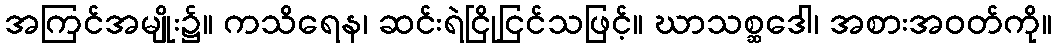
အကြင်အမျိုး၌။ ကသိရေန၊ ဆင်းရဲငြိုငြင်သဖြင့်။ ဃာသစ္ဆဒေါ၊ အစားအဝတ်ကို။